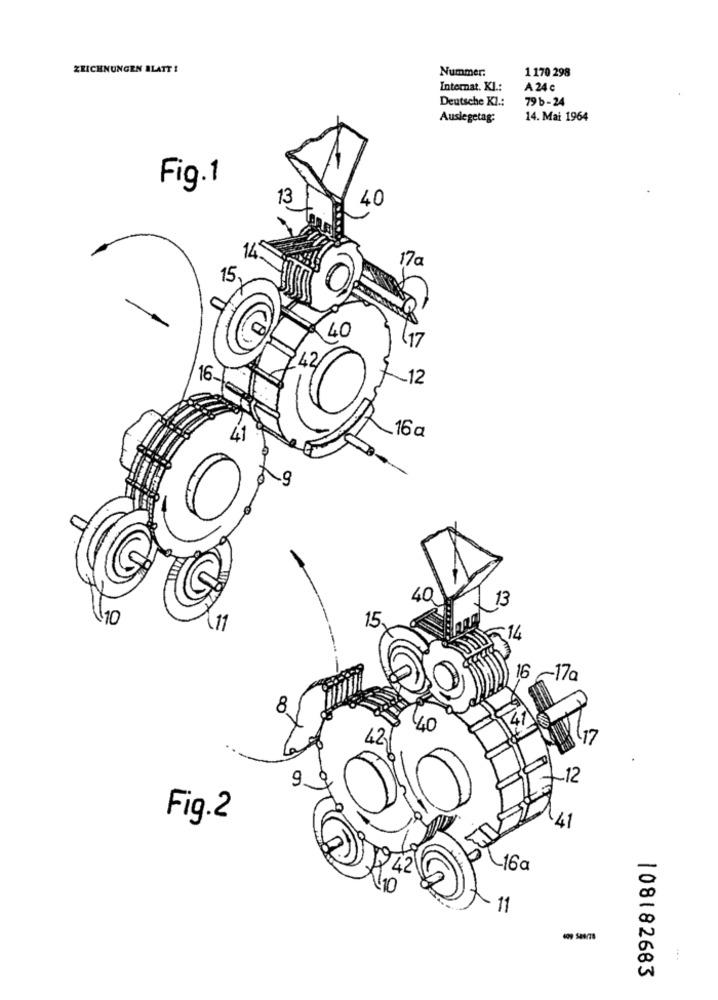
ZEICHNUNGEN BLATT 1
Nummer:
1 170 298
Internat. Kl .:
A 24 c
Deutsche Kl .:
79b - 24
Auslegetag:
14. Mai 1964
Fig.1
13
40
14
17a
15
140
17
42
16.
~12
.16 a
40
13
10
15.
16 ~17a
8
9
12
Fig.2
16a
11
108182683